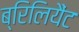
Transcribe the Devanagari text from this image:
ब्रिलियैंट